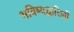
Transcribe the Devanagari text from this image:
भविष्यद्वारिणों